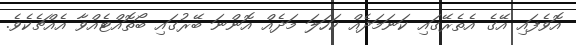
އޮވެފައި އޭގެ އެތެރޭގައި ކަނަމަދެއް ކަހަލަ މަދެއް އޮންނަ ބޭރުގައި ބޯތޮއްޓެއްވާ އެއްޗެކެވެ.